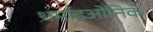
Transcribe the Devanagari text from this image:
थर्माइओनिक